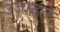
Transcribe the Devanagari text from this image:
उजाडते